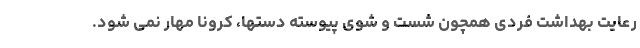
رعایت بهداشت فردی همچون شست و شوی پیوسته دستها، کرونا مهار نمی شود.